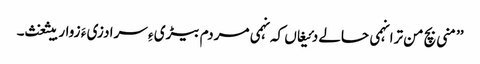
’’منی بچ من ترا نہمی حالے دئیغاں کہ نہمی مردم بیڑی ءِ سرا دزی ءَ زوار بیثغث۔